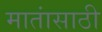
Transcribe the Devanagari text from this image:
मातांसाठी